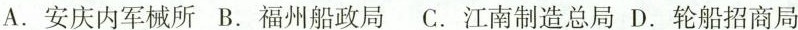
A.安庆内军械所 B.福州船政局 C.江南制造总局 D.轮船招商局